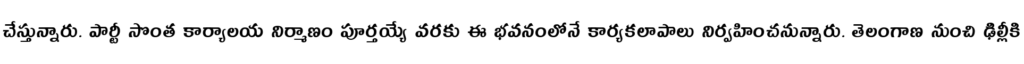
చేస్తున్నారు. పార్టీ సొంత కార్యాలయ నిర్మాణం పూర్తయ్యే వరకు ఈ భవనంలోనే కార్యకలాపాలు నిర్వహించనున్నారు. తెలంగాణ నుంచి ఢిల్లీకి